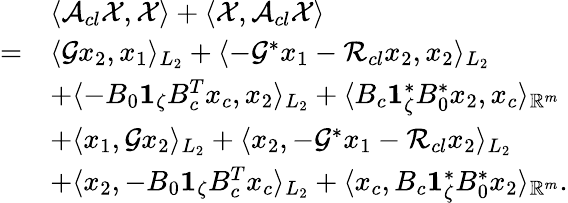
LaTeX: \begin{array}{rl}&{\langle\mathcal{A}_{cl}\mathcal{X},\mathcal{X}\rangle+\langle\mathcal{X},\mathcal{A}_{cl}\mathcal{X}\rangle}\\ {=}&{\langle\mathcal{G}x_{2},x_{1}\rangle_{L_{2}}+\langle-\mathcal{G}^{*}x_{1}-\mathcal{R}_{cl}x_{2},x_{2}\rangle_{L_{2}}}\\ &{+\langle-B_{0}\mathbf{1}_{\zeta}B_{c}^{T}x_{c},x_{2}\rangle_{L_{2}}+\langle B_{c}\mathbf{1}_{\zeta}^{*}B_{0}^{*}x_{2},x_{c}\rangle_{\mathbb{R}^{m}}}\\ &{+\langle x_{1},\mathcal{G}x_{2}\rangle_{L_{2}}+\langle x_{2},-\mathcal{G}^{*}x_{1}-\mathcal{R}_{cl}x_{2}\rangle_{L_{2}}}\\ &{+\langle x_{2},-B_{0}\mathbf{1}_{\zeta}B_{c}^{T}x_{c}\rangle_{L_{2}}+\langle x_{c},B_{c}\mathbf{1}_{\zeta}^{*}B_{0}^{*}x_{2}\rangle_{\mathbb{R}^{m}}.}\end{array}